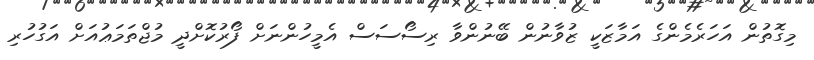
މިގޮތުން އަހަރެމެންގެ އަމާޒަކީ ޒުވާނުން ބޭނުންވާ ރިސޯސަސް އެމީހުންނަށް ފޯރުކޮށްދީ މުޖްތަމަޢުއަށް އަގުހުރި